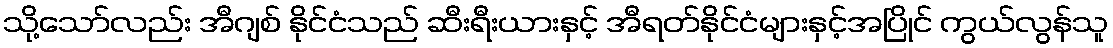
သို့သော်လည်း အီဂျစ် နိုင်ငံသည် ဆီးရီးယားနှင့် အီရတ်နိုင်ငံများနှင့်အပြိုင် ကွယ်လွန်သူ